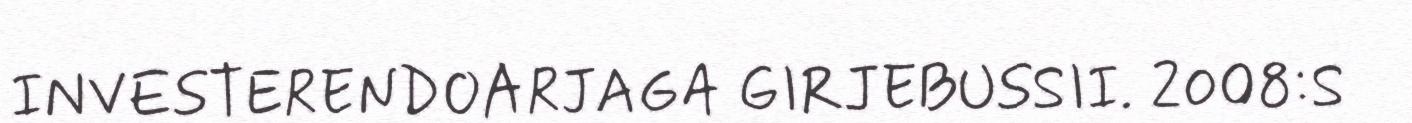
INVESTERENDOARJAGA GIRJEBUSSII. 2008:S